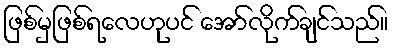
ဖြစ်မှဖြစ်ရလေဟုပင် အော်လိုက်ချင်သည်။